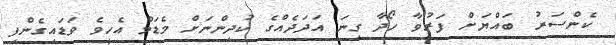
ކެންސަރު ބައްޔަށް ފަރުވާ ހޯދާ ގިނަ އަދަދެއްގެ ކުދިންނަށް މެޑަމް އެހީވެ ވަޑައިގެންފި